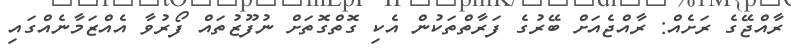
ރާއްޖޭގެ ރަށެއް: ރާއްޖެއަށް ބޭރުގެ ފަރާތްތަކުން އެކި ގޮތްގޮތަށް ނުފޫޒުތައް ފޯރުވާ އެއްޒަމާނެއްގައި